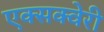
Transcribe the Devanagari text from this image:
एक्सक्वेरी